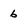
Character: 6